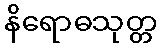
နိရောဓသုတ္တ